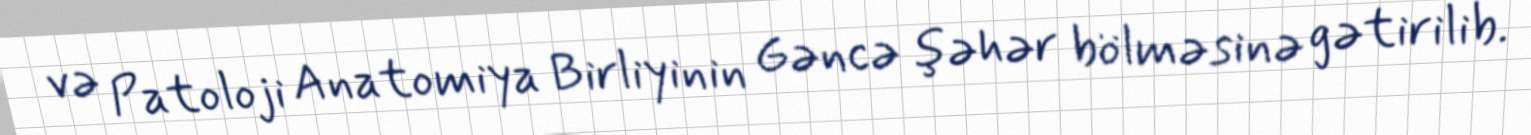
və Patoloji Anatomiya Birliyinin Gəncə şəhər bölməsinə gətirilib.